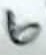
Text: 6